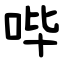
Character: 哔